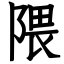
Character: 隈